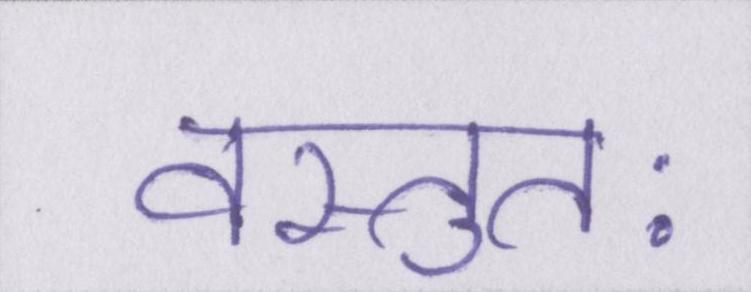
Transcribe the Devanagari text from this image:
वस्तुतः